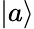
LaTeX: |a\rangle